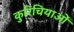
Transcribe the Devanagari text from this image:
कुरिचियाओं